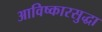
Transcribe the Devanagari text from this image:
आविष्कारसुद्धा